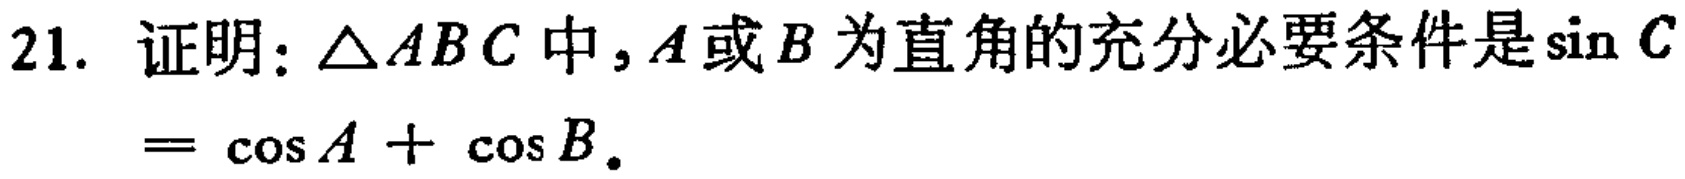
21. 证明：$\triangle ABC$中，$A$或$B$为直角的充分必要条件是$\sin C=\cos A+\cos B$。